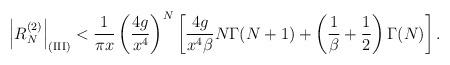
LaTeX: \begin{align*}\left|R_N^{(2)}\right|_{\rm (III)} <{1\over\pi x}\left({4g\over x^4}\right)^N \left[{4g\over x^4\beta}N\Gamma(N+1) +\left({1\over\beta}+{1\over2}\right)\Gamma(N)\right].\end{align*}